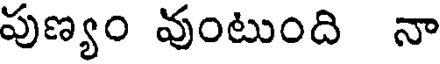
పుణ్యం వుంటుంది నా